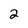
Character: 2